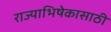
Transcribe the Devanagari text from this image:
राज्याभिषेकासाठी